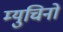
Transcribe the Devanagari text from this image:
म्युचिनो